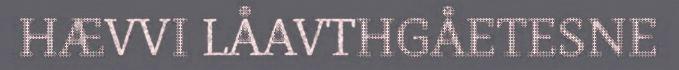
HÆVVI LÅAVTHGÅETESNE